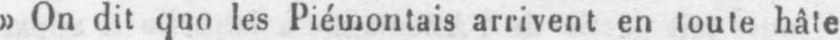
»On dit quo les Piémontais arrivent en toute hâte